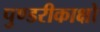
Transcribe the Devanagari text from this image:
पुण्डरीकाक्षो